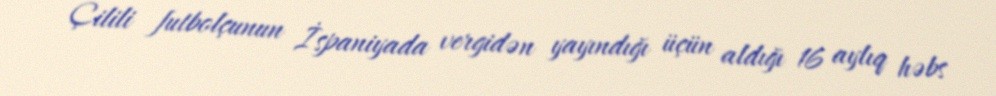
Çilili futbolçunun İspaniyada vergidən yayındığı üçün aldığı 16 aylıq həbs